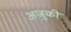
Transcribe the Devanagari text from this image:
अजुकी